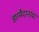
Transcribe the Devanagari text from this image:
ह्यामैदानावर